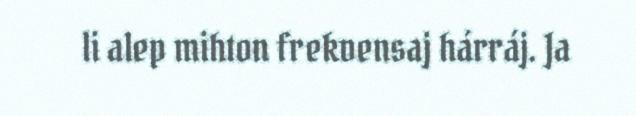
li alep mihton frekvensaj hárráj. Ja